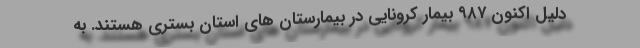
دلیل اکنون ۹۸۷ بیمار کرونایی در بیمارستان های استان بستری هستند. به